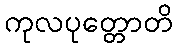
ကုလပုတ္တောတိ